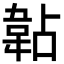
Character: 䪓